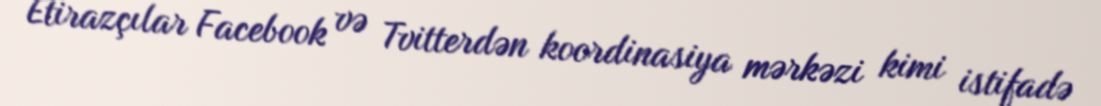
Etirazçılar Facebook və Tvitterdən koordinasiya mərkəzi kimi istifadə